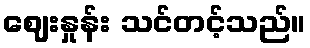
ဈေးနှုန်း သင်တင့်သည်။